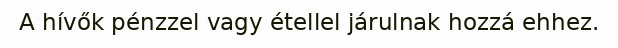
A hívők pénzzel vagy étellel járulnak hozzá ehhez.